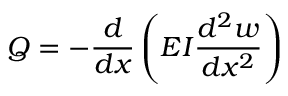
Q = - { \frac { d } { d x } } \left( E I { \frac { d ^ { 2 } w } { d x ^ { 2 } } } \right)